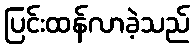
ပြင်းထန်လာခဲ့သည်